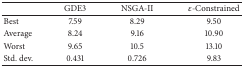
<table><thead><tr><td><b> </b></td><td><b>GDE3</b></td><td><b>NSGA-II</b></td><td><b>ε-Constrained</b></td></tr></thead><tbody><tr><td>Best</td><td>7.59</td><td>8.29</td><td>9.50</td></tr><tr><td>Average</td><td>8.24</td><td>9.16</td><td>10.90</td></tr><tr><td>Worst</td><td>9.65</td><td>10.5</td><td>13.10</td></tr><tr><td>Std. dev.</td><td>0.431</td><td>0.726</td><td>9.83</td></tr></tbody></table>